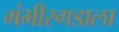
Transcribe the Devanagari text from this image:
गंभीरगडाला